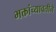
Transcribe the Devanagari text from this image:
भक्तांच्यावतीने